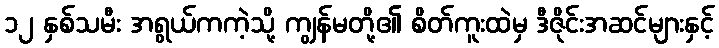
၁၂ နှစ်သမီး အရွယ်ကကဲ့သို့ ကျွန်မတို့၏ စိတ်ကူးထဲမှ ဒီဇိုင်းအဆင်များနှင့်